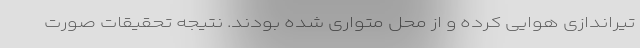
تیراندازی هوایی کرده و از محل متواری شده بودند. نتیجه تحقیقات صورت